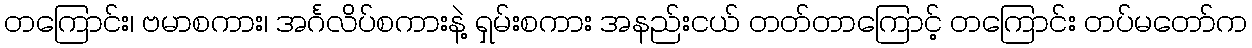
တကြောင်း၊ ဗမာစကား၊ အင်္ဂလိပ်စကားနဲ့ ရှမ်းစကား အနည်းငယ် တတ်တာကြောင့် တကြောင်း တပ်မတော်က